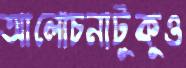
আলোচনাটুকুও